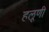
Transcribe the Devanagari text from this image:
हलूणी